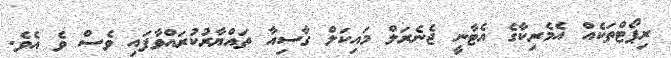
ރިޕޯޓްތަކެއް އެމެރިކާގެ އެޓާނީ ޖެނެރަލް މައިކަލް ގާސިއާ ތައްޔާރުކުރައްވާފައި ވެސް ވެ އެވެ.